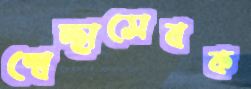
স্বেচ্ছাসেবক